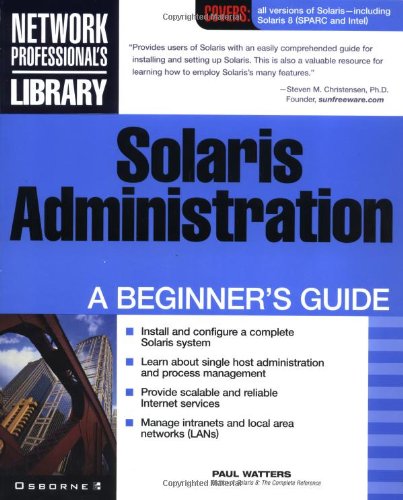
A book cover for Solaris Administration: A Beginner's Guide; Computers & Technology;